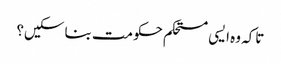
تاکہ وہ ایسی مستحکم حکومت بنا سکیں؟